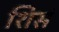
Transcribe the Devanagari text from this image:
शिसं